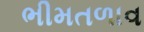
ભીમતળાવ